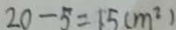
2 0 - 5 = 1 5 ( m ^ { 2 } )